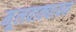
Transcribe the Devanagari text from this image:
मूलवाक्यायन